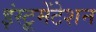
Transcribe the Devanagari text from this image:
इंस्‍टूमेंटेशन